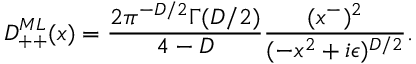
D _ { + + } ^ { M L } ( x ) = { \frac { 2 \pi ^ { - D / 2 } \Gamma ( D / 2 ) } { 4 - D } } { \frac { ( x ^ { - } ) ^ { 2 } } { ( - x ^ { 2 } + i \epsilon ) ^ { D / 2 } } } .